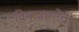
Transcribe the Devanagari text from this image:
विषरक्ततेची